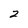
Character: 2